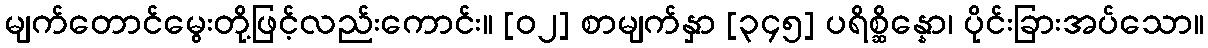
မျက်တောင်မွေးတို့ဖြင့်လည်းကောင်း။ [၀၂] စာမျက်နှာ [၃၄၅] ပရိစ္ဆိန္နော၊ ပိုင်းခြားအပ်သော။